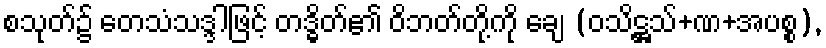
စသုတ်၌ တေသံသဒ္ဒါဖြင့် တဒ္ဓိတ်၏ ဝိဘတ်တို့ကို ချေ (ဝသိဋ္ဌသ်+ဏ+အပစ္စ),